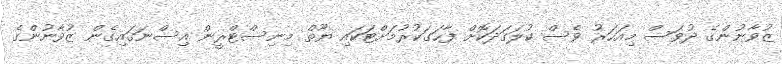
ޒުވާނުންގެ ދުވަސް މިއަހަރު ވެސް ކުލަގަދަކޮށް ފާހަގަކުރުމަށްޓަކައި ޔޫތް މިނިސްޓްރީން އިސްނަގައިގެން ޒުވާނުންގެ